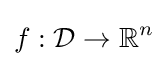
f:{\mathcal {D}}\rightarrow \mathbb {R} ^{n}